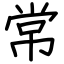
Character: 常